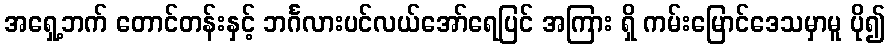
အရှေ့ဘက် တောင်တန်းနှင့် ဘင်္ဂလားပင်လယ်အော်ရေပြင် အကြား ရှိ ကမ်းမြောင်ဒေသမှာမူ ပို၍